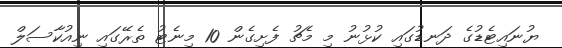
ޔުނައިޓެޑުގެ ދަނޑުގައި ކުޅުނު މި މެޗު ފެށިގެން 10 މިނެޓު ތެރޭގައި ނިއުކާސަލް